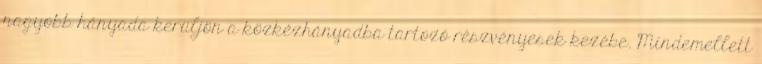
nagyobb hányada kerüljön a közkézhányadba tartozó részvényesek kezébe. Mindemellett